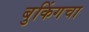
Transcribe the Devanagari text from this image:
बुकिंगचा